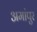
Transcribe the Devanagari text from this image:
अमांपुर